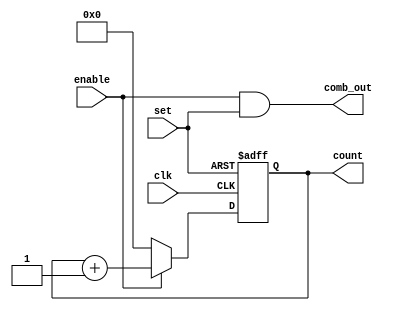
module top (count, clk, enable, set,comb_out);
parameter Width = 32;
input clk, enable, set;//, reset;
output [Width-1:0] count;
output comb_out;
reg [Width-1:0] count;
  always @(posedge clk or posedge set)
    if(set)
      count <= 32'hFFFFFFFF;
    else if(enable)
      count <= count + 1;
    else
      count <= 32'b0;

assign comb_out = enable &set;
endmodule